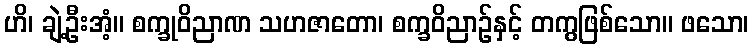
ဟိ၊ ချဲ့ဦးအံ့။ စက္ခုဝိညာဏ သဟဇာတော၊ စက္ခဝိညာဉ်နှင့် တကွဖြစ်သော။ ဖသော၊